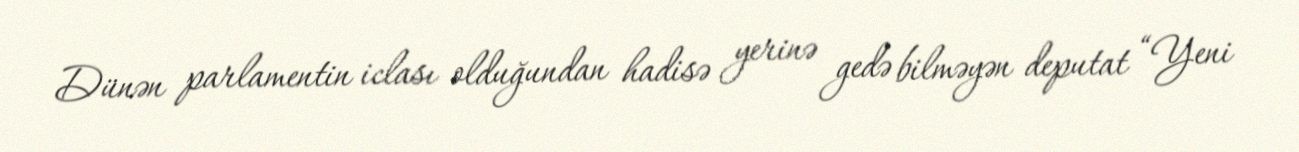
Dünən parlamentin iclası olduğundan hadisə yerinə gedə bilməyən deputat “Yeni